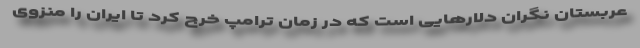
عربستان نگران دلارهایی است که در زمان ترامپ خرج کرد تا ایران را منزوی